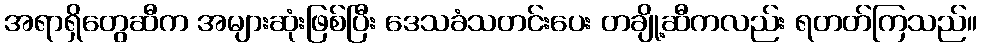
အရာရှိတွေဆီက အများဆုံးဖြစ်ပြီး ဒေသခံသတင်းပေး တချို့ဆီကလည်း ရတတ်ကြသည်။